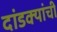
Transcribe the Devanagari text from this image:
दांडक्यांची